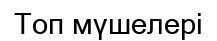
Топ мүшелері